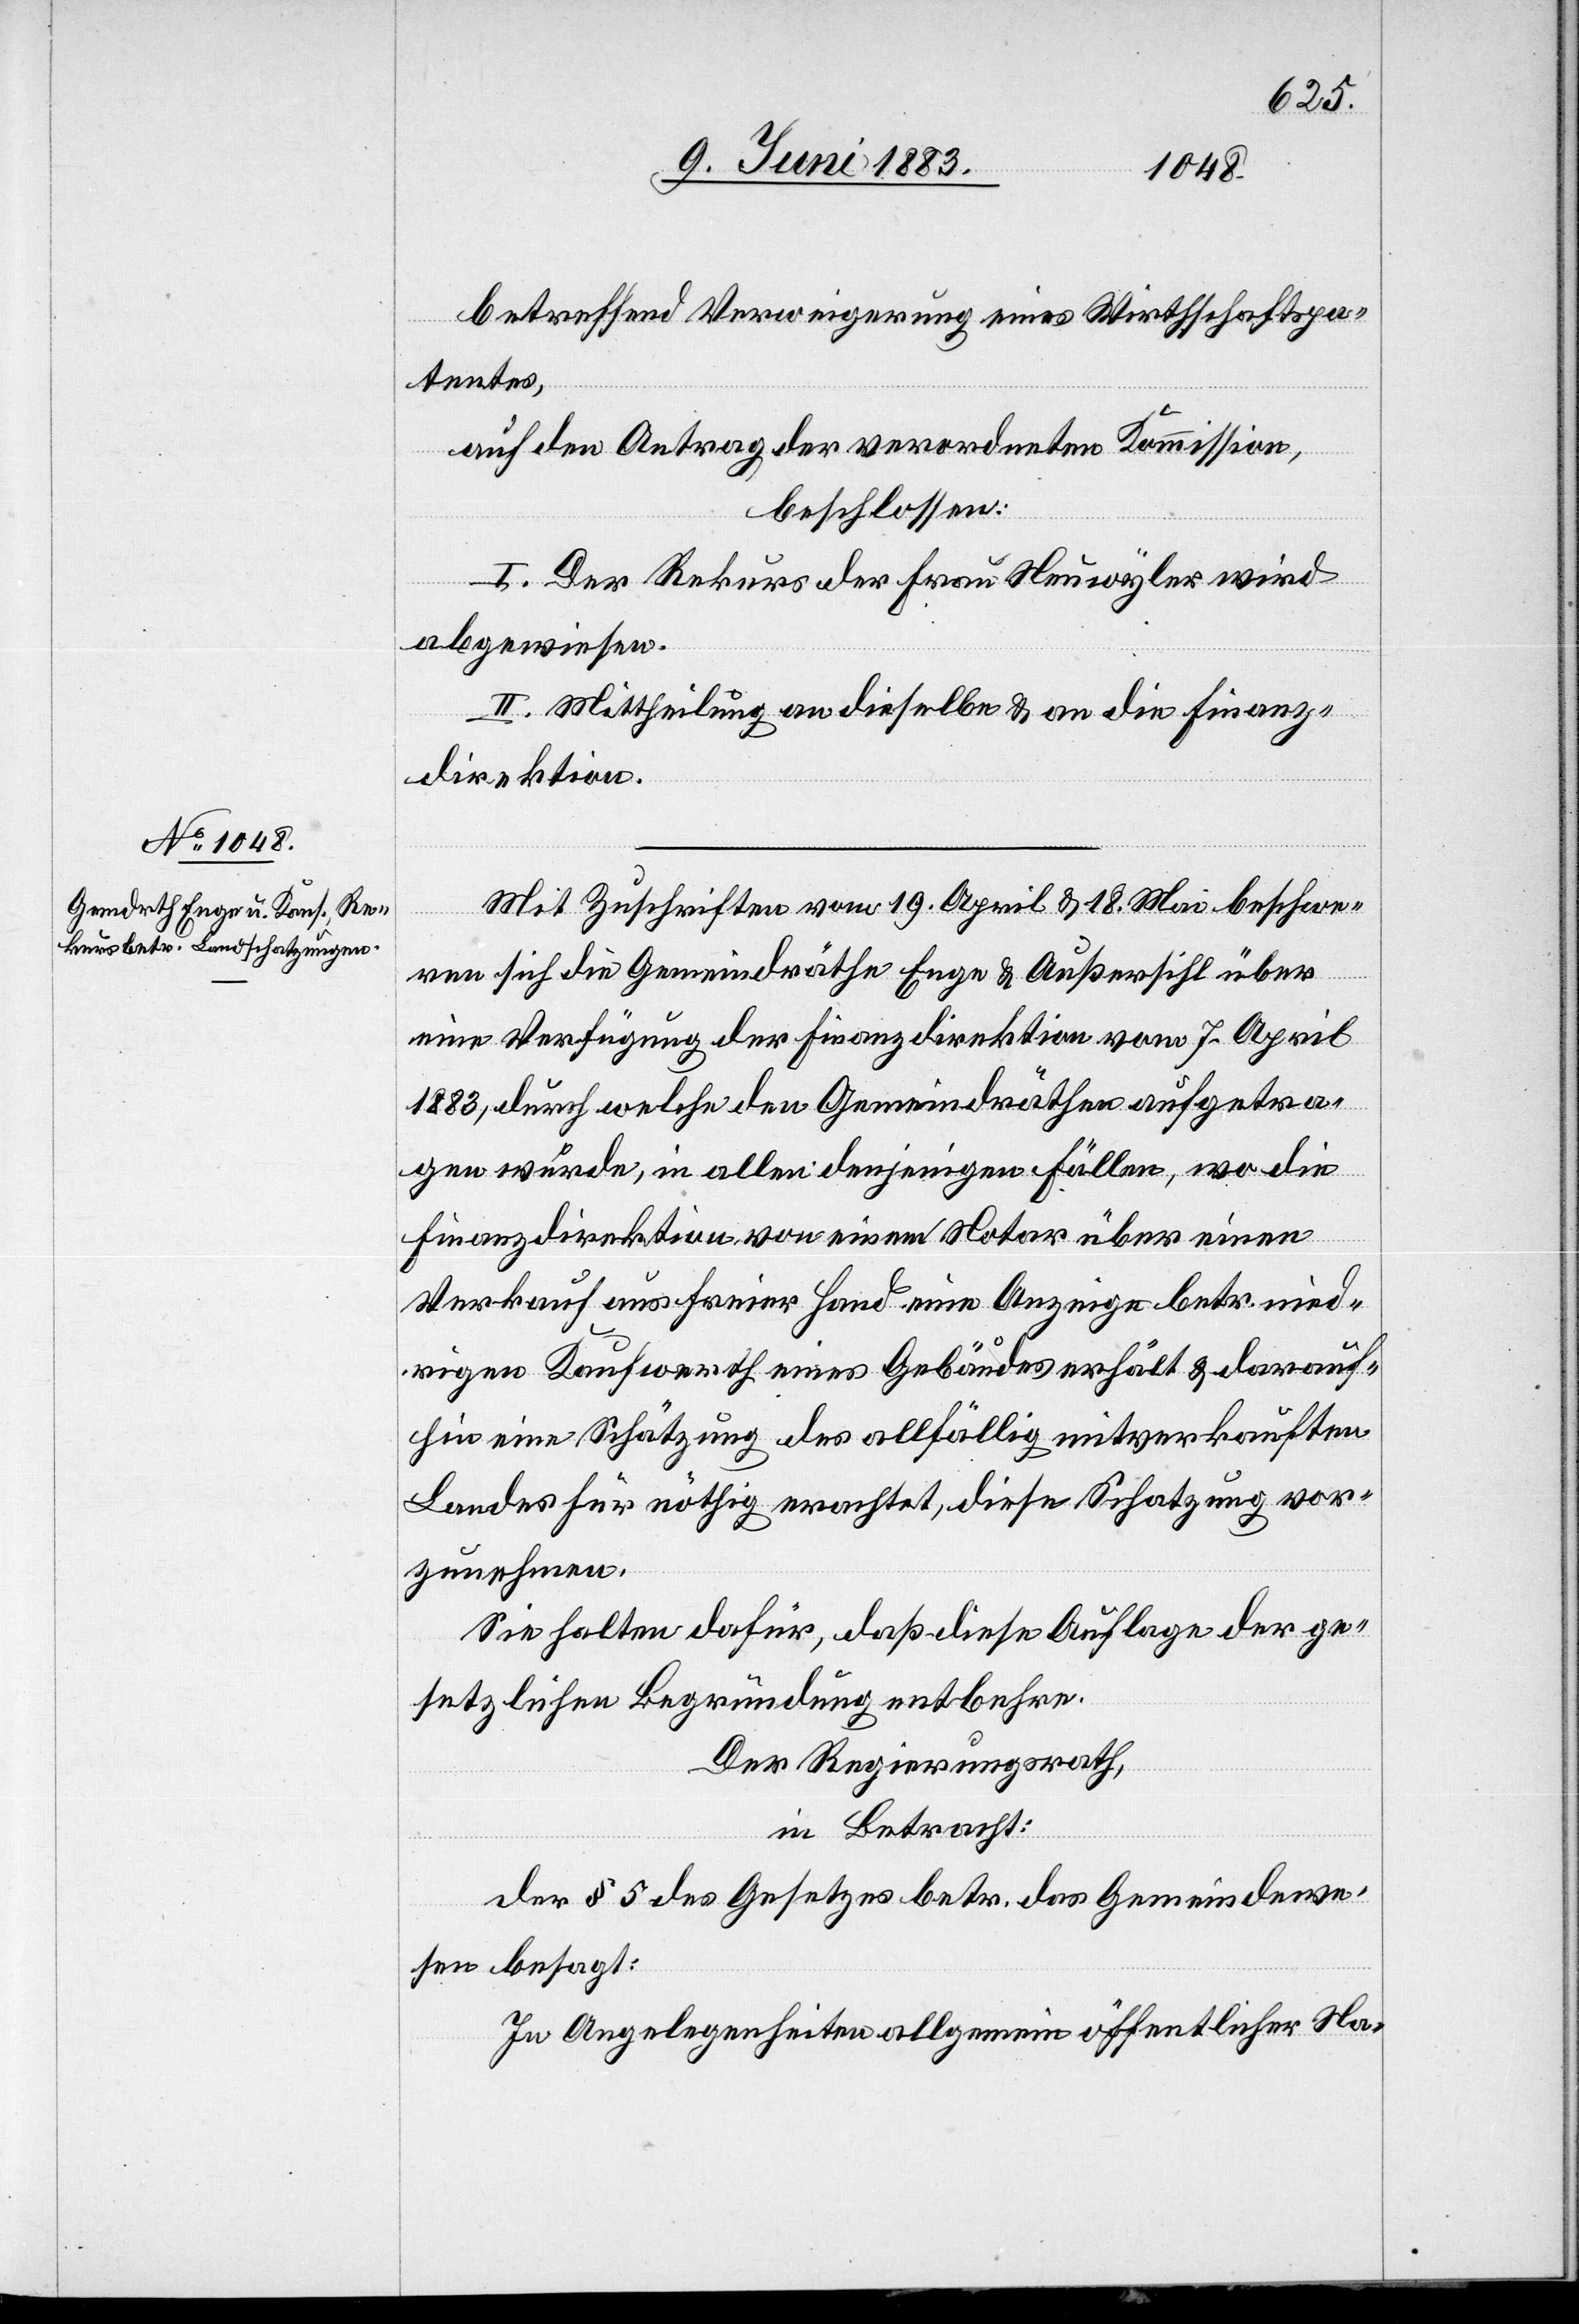
betreffend Verweigerung eines Wirthschaftspa¬
tentes,
auf den Antrag der verordneten Kommission,
beschlossen:
I. Der Rekurs der Frau Neuwyler wird
abgewiesen.
II. Mittheilung an dieselbe & an die Finanz¬
direktion.
Mit Zuschrift vom 19. April & 18. Mai beschwe¬
ren sich die Gemeindräthe Enge & Außersihl über
eine Verfügung der Finanzdirektion vom 7. April
1883, durch welche den Gemeindräthen aufgetra¬
gen werde, in allen denjenigen Fällen, wo die
Finanzdirektion von einem Notar über einen
Verkauf aus freier Hand eine Anzeige betr. nied¬
rigen Kaufwerth eines Gebäudes erhält & darauf¬
hin eine Schätzung des allfällig mitverkauften
Landes für nöthig erachtet, diese Schatzung vor¬
zunehmen.
Sie halten dafür, daß diese Auflage der ge¬
setzlichen Begründung entbehre.
Der Regierungsrath,
in Betracht:
der § 5 des Gesetzes betr. das Gemeindewe¬
sen besagt:
In Angelegenheiten allgemein öffentlicher Na-